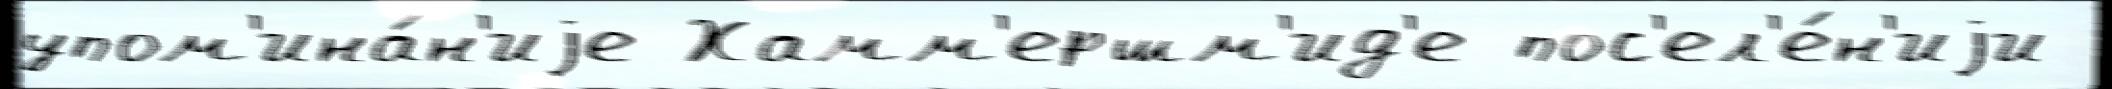
упом'ина́н'иjе Хамм'ершм'ид'е пос'ел'е́н'иjи